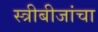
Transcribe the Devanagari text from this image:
स्त्रीबीजांचा